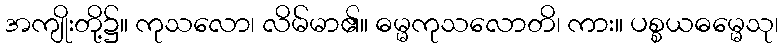
အကျိုးတို့၌။ ကုသလော၊ လိမ်မာ၏။ ဓမ္မကုသလောတိ၊ ကား။ ပစ္စယဓမ္မေသု၊